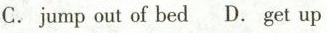
C. jump out of bed D. Get up